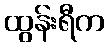
ထွန်းရီက